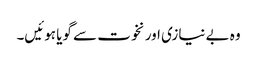
وہ بے نیازی اور نخوت سے گویا ہوئیں۔